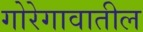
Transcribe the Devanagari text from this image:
गोरेगावातील